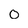
Character: 0